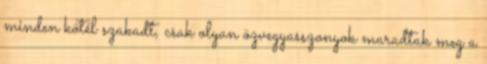
minden kötél szakadt, csak olyan özvegyasszonyok maradtak meg a